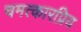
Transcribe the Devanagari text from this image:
चमत्कारप्रिय